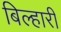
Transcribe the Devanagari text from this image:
बिल्हारी